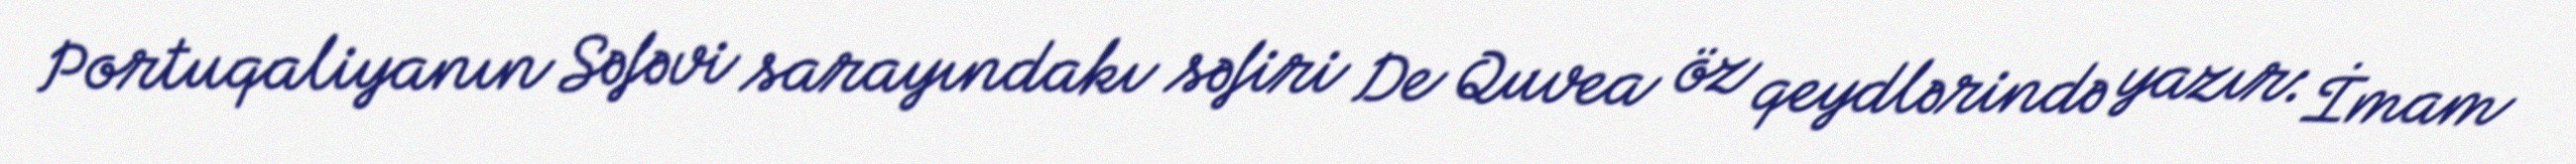
Portuqaliyanın Səfəvi sarayındakı səfiri De Quvea öz qeydlərində yazır: İmam